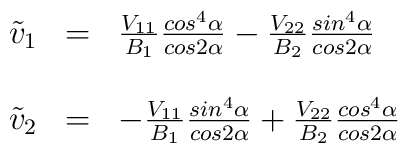
\begin{array}{rcl}\tilde{v}_{1}&=&{V_{11}\over B_{1}}{cos^{4}\alpha \over cos2\alpha}-{V_{22}\over B_{2}}{sin^{4}\alpha \over cos 2\alpha}\\\\\tilde{v}_{2}&=&-{V_{11}\over B_{1}}{sin^{4}\alpha \over cos2\alpha}+{V_{22}\over B_{2}}{cos^{4}\alpha \over cos 2\alpha}\end{array}